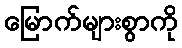
မြောက်များစွာကို